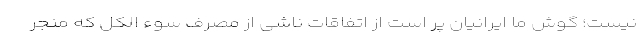
نیست؛ گوش ما ایرانیان پر است از اتفاقات ناشی از مصرف سوء الکل که منجر